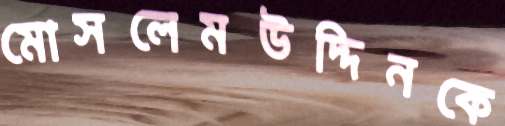
মোসলেমউদ্দিনকে